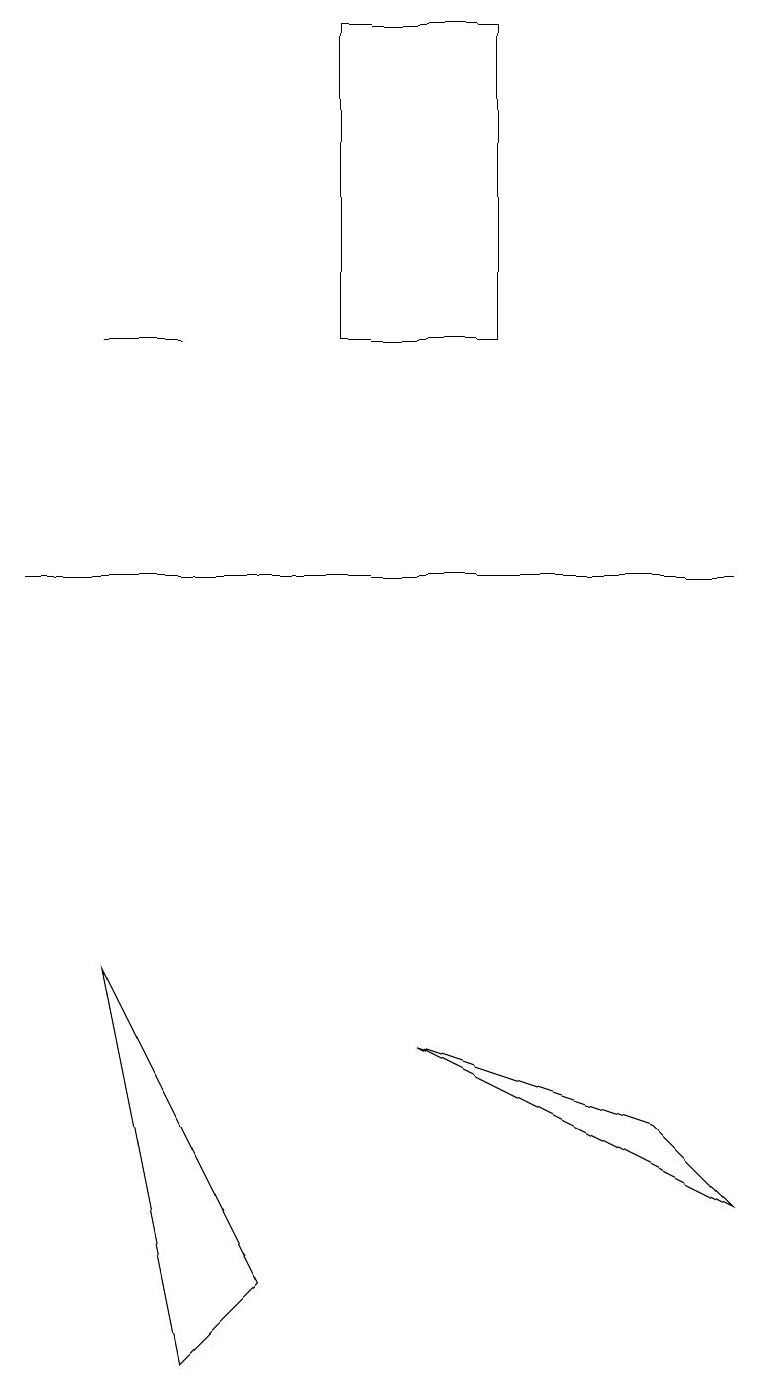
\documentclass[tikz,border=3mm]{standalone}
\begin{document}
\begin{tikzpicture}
\draw (9,12) rectangle (0,12);
\draw (1,15) rectangle (2,15);
\draw (5,6) -- (9,4) -- (8,5) -- cycle;
\draw (1,7) -- (3,3) -- (2,2) -- cycle;
\draw (4,15) rectangle (6,19);
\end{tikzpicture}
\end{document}